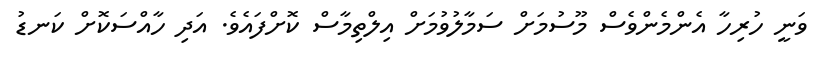
ވަނީ ހުރިހާ އެންމެންވެސް މޫސުމަށް ސަމާލުވުމަށް އިލްތިމާސް ކޮށްފައެވެ. އަދި ހާއްސަކޮށް ކަނޑު